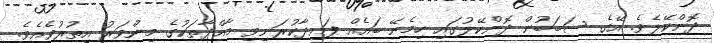
ދޮންކޭލެވެ. އޭގެ ސަބަބުން ދޮންކޭލުގައި ހިމެނޭ ބައެއް ފައިދާކުރަނިވި މާއްދާތަކުގެ މިންވަރު އިތުރުވެއެވެ.